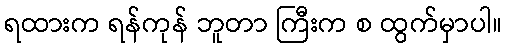
ရထားက ရန်ကုန် ဘူတာ ကြီးက စ ထွက်မှာပါ။